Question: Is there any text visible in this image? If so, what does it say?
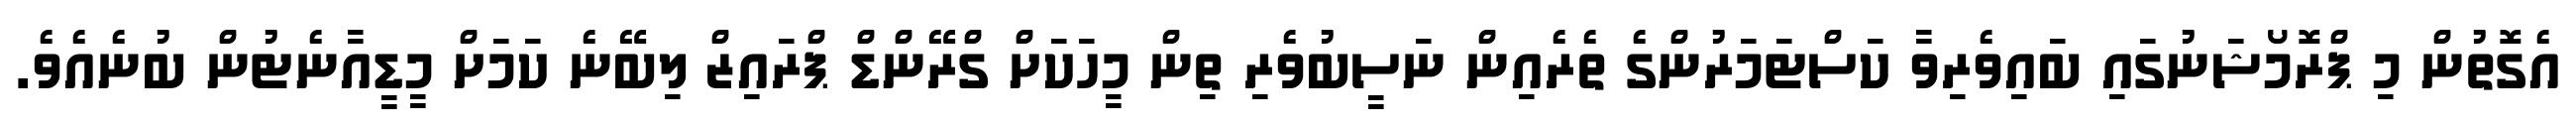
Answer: އެގޮތުން މި ޕްރޮމޯޝަނުގައި ބައިވެރިވާ ކަސްޓަމަރުންގެ ތެރެއިން ނަސީބުވެރި ތިން މީހަކަށް ގްރޭންޑް ޕްރައިޒް ލިބޭނެ ކަމަށް މީޑީއާނެޓުން ބުނެއެވެ.